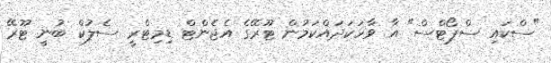
"ސްކައި ސްޕޯޓްސް" އާ ވާހަކަދައްކަމުން ޓޫރޭގެ އެޖެންޓް ޑިމިޓްރީ ސެލުކް ބުނީ ޓޫރޭ